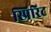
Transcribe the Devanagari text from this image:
स्प्रिरिट